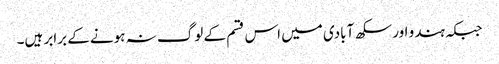
جبکہ ہندو اور سکھ آبادی میں اس قسم کے لوگ نہ ہونے کے برابر ہیں۔